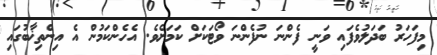
މިފަހަރު ބަދަލުވެފައި ވަނީ ފެންނަ ނުފެންނަ ވޯޓަކަށް ކަމަށެވެ. އެހެންކަމުން އެ އިންތިޚާބުގައި